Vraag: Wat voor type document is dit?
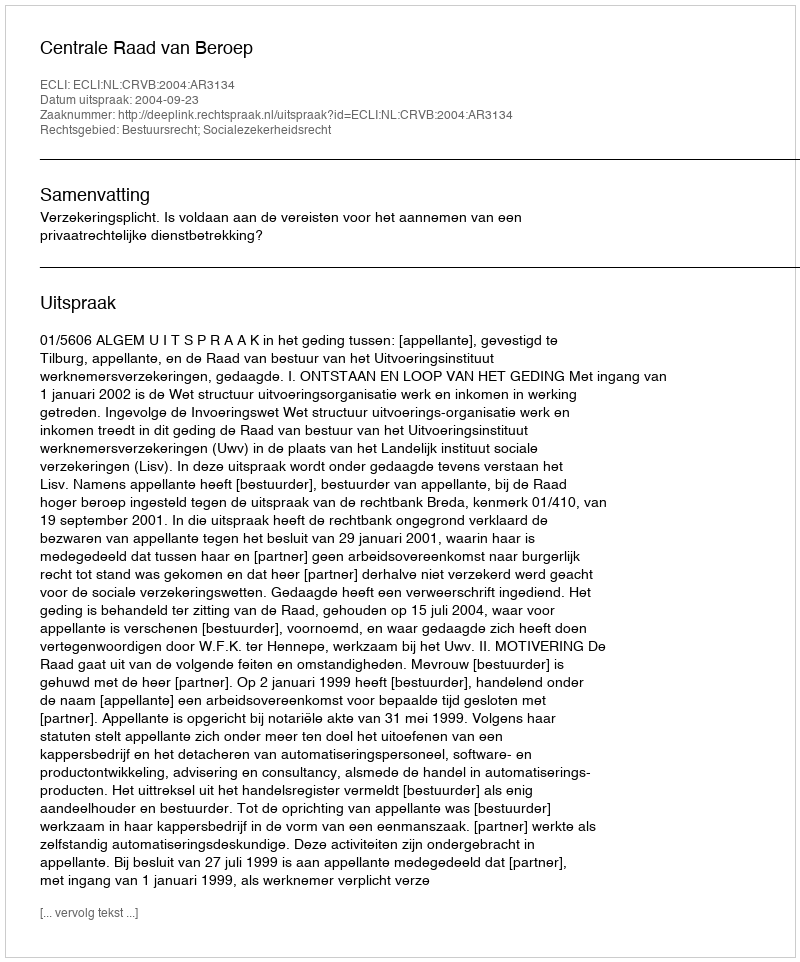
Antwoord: Uitspraak